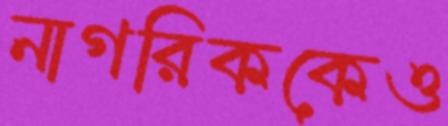
নাগরিককেও